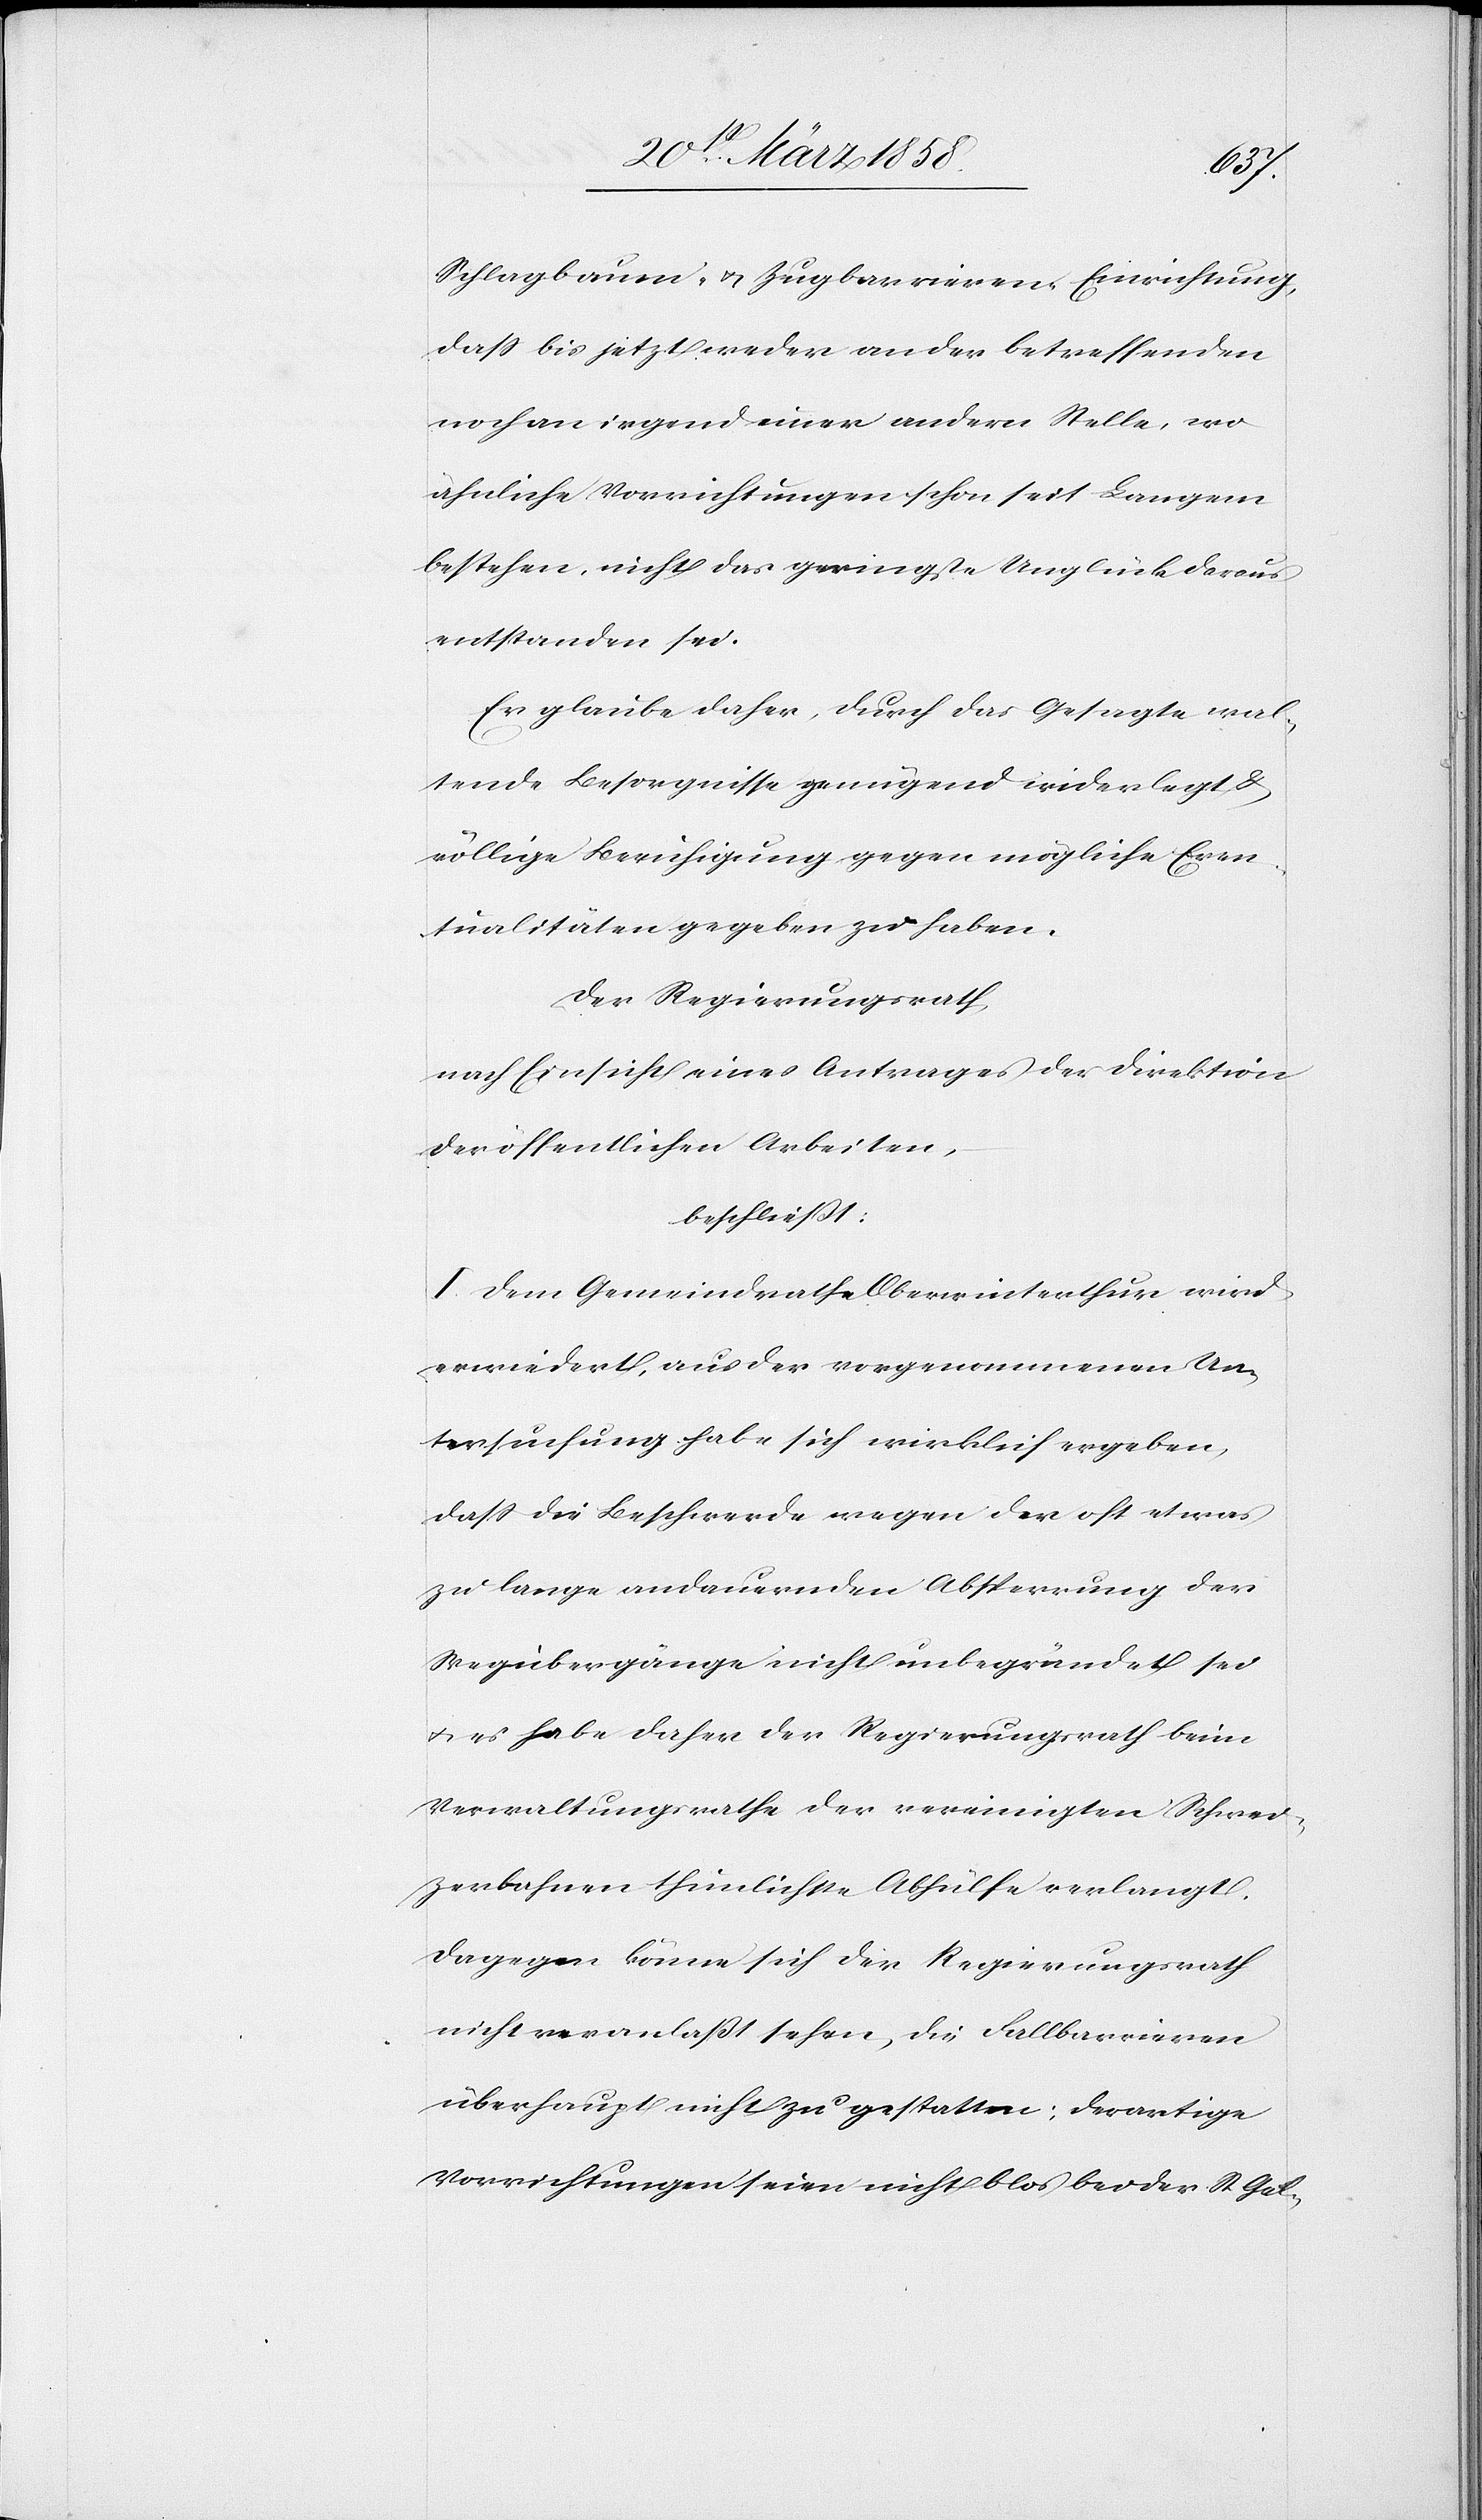
Schlagbaum- u. Zugbarrieren-Einrichtung,
daß bis jetzt weder an der betreffenden
noch an irgend einer andern Stelle, wo
ähnliche Vorrichtungen schon seit langem
bestehen, nicht das geringste Unglück daraus
entstanden sei.
Er glaube daher, durch das Gesagte wal¬
tende Besorgnisse genügend widerlegt &
völlige Beruhigung gegen mögliche Even¬
tualitäten gegeben zu haben.
Der Regierungsrath,
nach Einsicht eines Antrages der Direktion
der öffentlichen Arbeiten,
beschließt:
I. Dem Gemeindrathe Oberwinterthur wird
erwiedert, aus der vorgenommenen Un¬
tersuchung habe sich wirklich ergeben,
daß die Beschwerde wegen der oft etwas
zu lange andauernden Absperrung der
Wegübergänge nicht unbegründet sei
u. es habe daher der Regierungsrath beim
Verwaltungsrathe der vereinigten Schwei¬
zerbahnen thunlichste Abhülfe verlangt.
Dagegen könne sich der Regierungsrath
nicht veranlaßt sehen, die Fallbarrieren
überhaupt nicht zu gestatten; derartige
Vorrichtungen seien nicht blos bei der St. Gal-